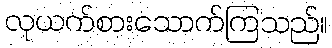
လုယက်စားသောက်ကြသည်။